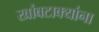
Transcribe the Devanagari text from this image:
खांबटाक्यांना